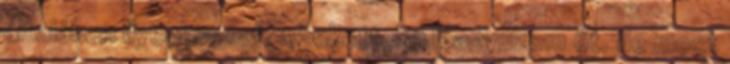
általában ilyenkor már szokott, ha leanyuzom őt. de most